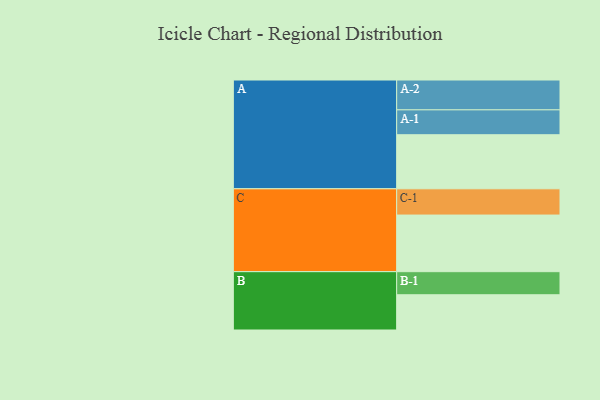
{"axis": {"x": "Segment", "y": "Value"}, "legend": ["", "A", "B", "C"], "data": [{"x": "A", "y": 511, "type": ""}, {"x": "B", "y": 333, "type": ""}, {"x": "C", "y": 535, "type": ""}, {"x": "A-1", "y": 235, "type": "A"}, {"x": "A-2", "y": 282, "type": "A"}, {"x": "B-1", "y": 218, "type": "B"}, {"x": "C-1", "y": 248, "type": "C"}]}